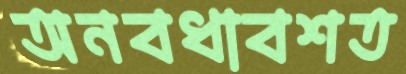
অনবধাবশত